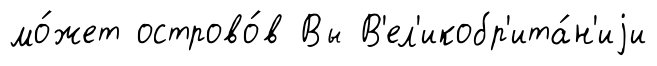
мо́жет острово́в Вы В'ел'икобр'ита́н'иjи